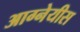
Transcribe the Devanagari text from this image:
आग्‍नेयीस